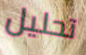
تحليل